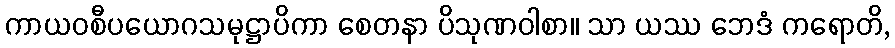
ကာယဝစီပယောဂသမုဋ္ဌာပိကာ စေတနာ ပိသုဏဝါစာ။ သာ ယဿ ဘေဒံ ကရောတိ,